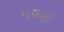
મરાણો